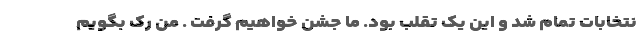
نتخابات تمام شد و این یک تقلب بود. ما جشن خواهیم گرفت . من رک بگویم